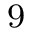
^ \mathrm { 9 }